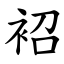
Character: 袑